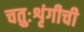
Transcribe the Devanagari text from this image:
चतुःशृंगीची